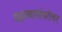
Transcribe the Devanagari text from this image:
सहाध्यायांबरोबर